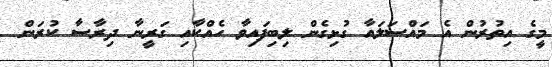
މީގެ އިތުރުން އެ މައްސަލައާ ގުޅިގެން ލިބިފައިވާ ހެއްކާއި ގަރީނާ ދިރާސާ ކުރަން